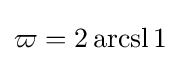
\varpi =2\operatorname {arcsl} {1}